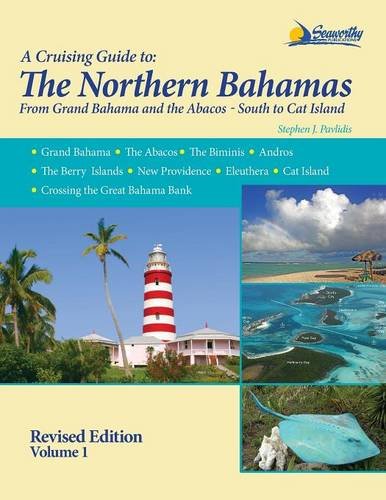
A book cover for The Northern Bahamas Cruising Guide Volume 1; Stephen J Pavlidis; Sports & Outdoors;